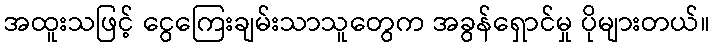
အထူးသဖြင့် ငွေကြေးချမ်းသာသူတွေက အခွန်ရှောင်မှု ပိုများတယ်။